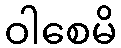
ဝါစေမိ